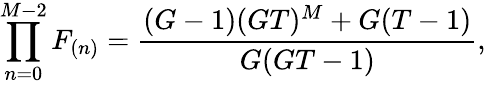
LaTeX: \prod_{n=0}^{M-2}F_{(n)}=\frac{(G-1)(GT)^{M}+G(T-1)}{G(GT-1)},